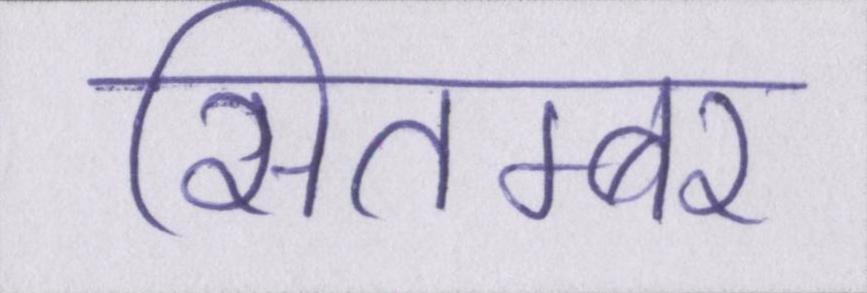
सितम्बर